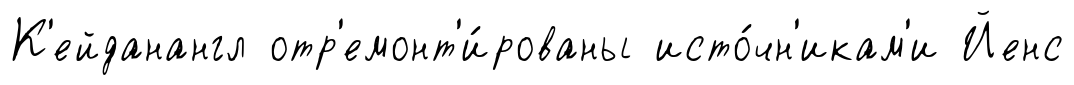
К'ейданангл отр'емонт'и́рованы исто́чн'икам'и Йенс